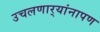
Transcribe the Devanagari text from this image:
उचलणार्‍यांनापण